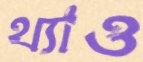
থ্যাও